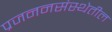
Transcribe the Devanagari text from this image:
प्रजननसंस्थेतील